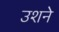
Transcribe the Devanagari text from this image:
उशने